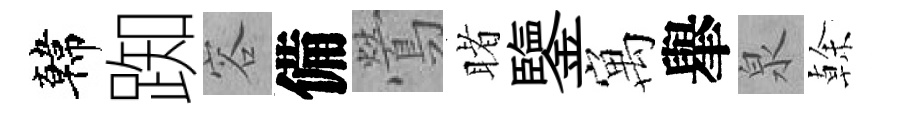
韓踟容備鶯睹鑒寓𦦙泉𠏉